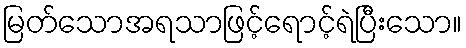
မြတ်သောအရသာဖြင့်ရောင့်ရဲပြီးသော။